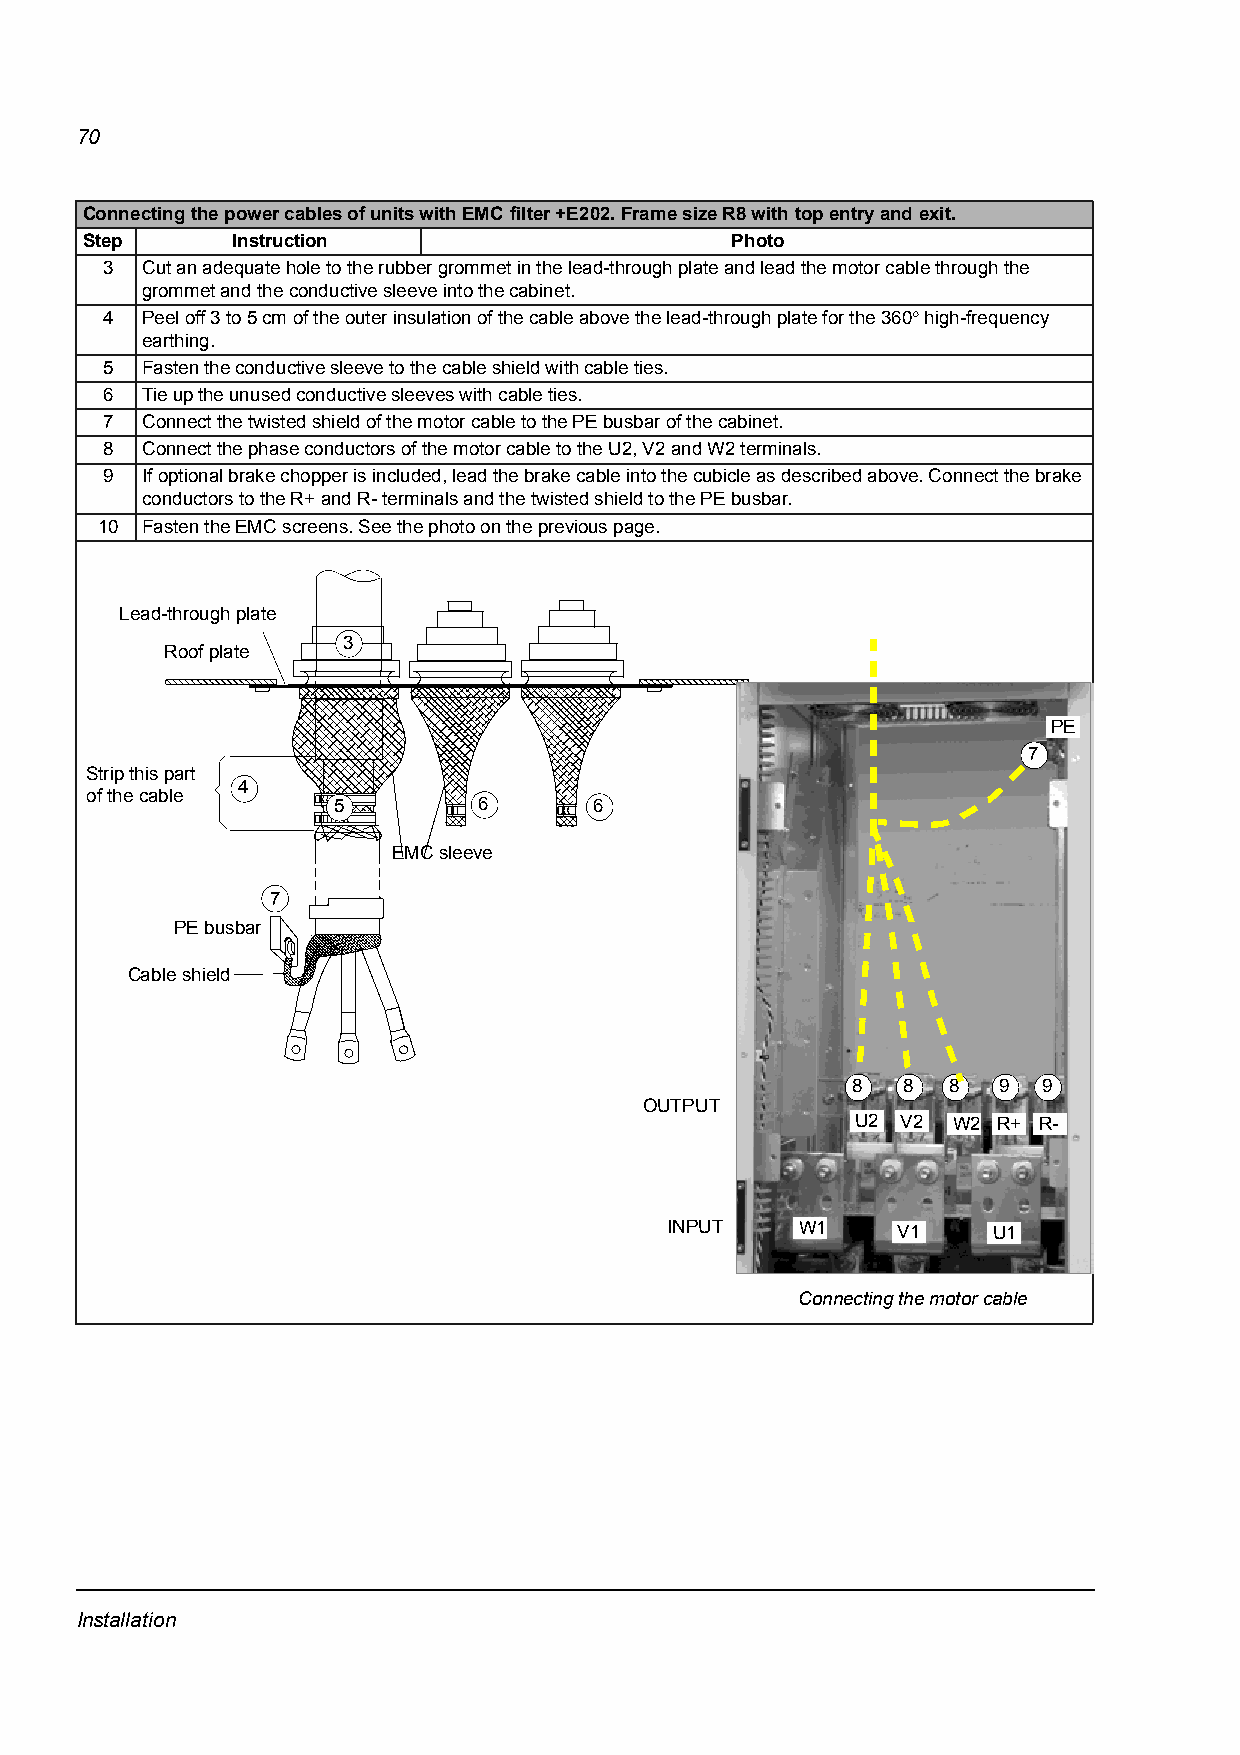
70
 Connecting the power cables of units with EMC filter +E202. Frame size R8 with top entry and exit.
 Step      Instruction                      Photo
 3 Cut an adequate hole to the rubber grommet in the lead-through plate and lead the motor cable through the
 grommet and the conductive sleeve into the cabinet.
 4 Peel off 3 to 5 cm of the outer insulation of the cable above the lead-through plate for the 360° high-frequency
 earthing.
 5 Fasten the conductive sleeve to the cable shield with cable ties.
 6 Tie up the unused conductive sleeves with cable ties.
 7 Connect the twisted shield of the motor cable to the PE busbar of the cabinet.
 8 Connect the phase conductors of the motor cable to the U2, V2 and W2 terminals.
 9 If optional brake chopper is included, lead the brake cable into the cubicle as described above. Connect the brake
 conductors to the R+ and R- terminals and the twisted shield to the PE busbar.
 10 Fasten the EMC screens. See the photo on the previous page.
 Lead-through plate
 3
 Roof plate
 PE
 7
 Strip this part
 4
 of the cable
 5         6      6
 EMC sleeve
 7
 PE busbar
 Cable shield
 8   8  8  9  9
 OUTPUT
 U2 V2 W2 R+ R-
 INPUT    W1    V1     U1
 Connecting the motor cable
 Installation